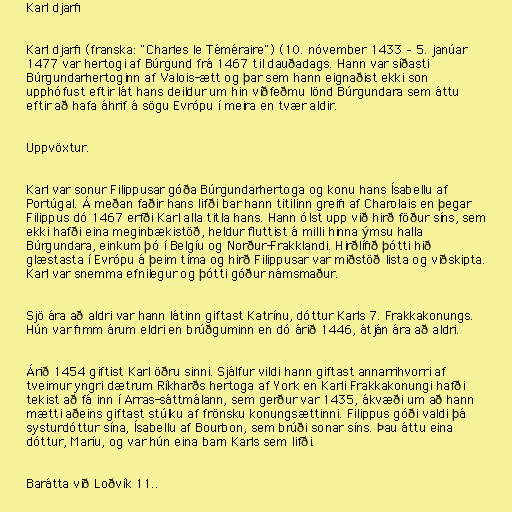
Karl djarfi

Karl djarfi (franska: "Charles le Téméraire") (10. nóvember 1433 – 5. janúar
1477 var hertogi af Búrgund frá 1467 til dauðadags. Hann var síðasti
Búrgundarhertoginn af Valois-ætt og þar sem hann eignaðist ekki son
upphófust eftir lát hans deildur um hin víðfeðmu lönd Búrgundara sem áttu
eftir að hafa áhrif á sögu Evrópu í meira en tvær aldir.

Uppvöxtur.

Karl var sonur Filippusar góða Búrgundarhertoga og konu hans Ísabellu af
Portúgal. Á meðan faðir hans lifði bar hann titilinn greifi af Charolais en þegar
Filippus dó 1467 erfði Karl alla titla hans. Hann ólst upp við hirð föður síns, sem
ekki hafði eina meginbækistöð, heldur fluttist á milli hinna ýmsu halla
Búrgundara, einkum þó í Belgíu og Norður-Frakklandi. Hirðlífið þótti hið
glæstasta í Evrópu á þeim tíma og hirð Filippusar var miðstöð lista og viðskipta.
Karl var snemma efnilegur og þótti góður námsmaður.

Sjö ára að aldri var hann látinn giftast Katrínu, dóttur Karls 7. Frakkakonungs.
Hún var fimm árum eldri en brúðguminn en dó árið 1446, átján ára að aldri.

Árið 1454 giftist Karl öðru sinni. Sjálfur vildi hann giftast annarrihvorri af
tveimur yngri dætrum Ríkharðs hertoga af York en Karli Frakkakonungi hafði
tekist að fá inn í Arras-sáttmálann, sem gerður var 1435, ákvæði um að hann
mætti aðeins giftast stúlku af frönsku konungsættinni. Filippus góði valdi þá
systurdóttur sína, Ísabellu af Bourbon, sem brúði sonar síns. Þau áttu eina
dóttur, Maríu, og var hún eina barn Karls sem lifði.

Barátta við Loðvík 11..